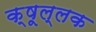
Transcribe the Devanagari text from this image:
क्षूल्लक